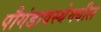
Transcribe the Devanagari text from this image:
पौगंडावस्थेमधील